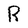
Character: R